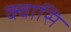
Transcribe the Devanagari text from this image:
क्वासि